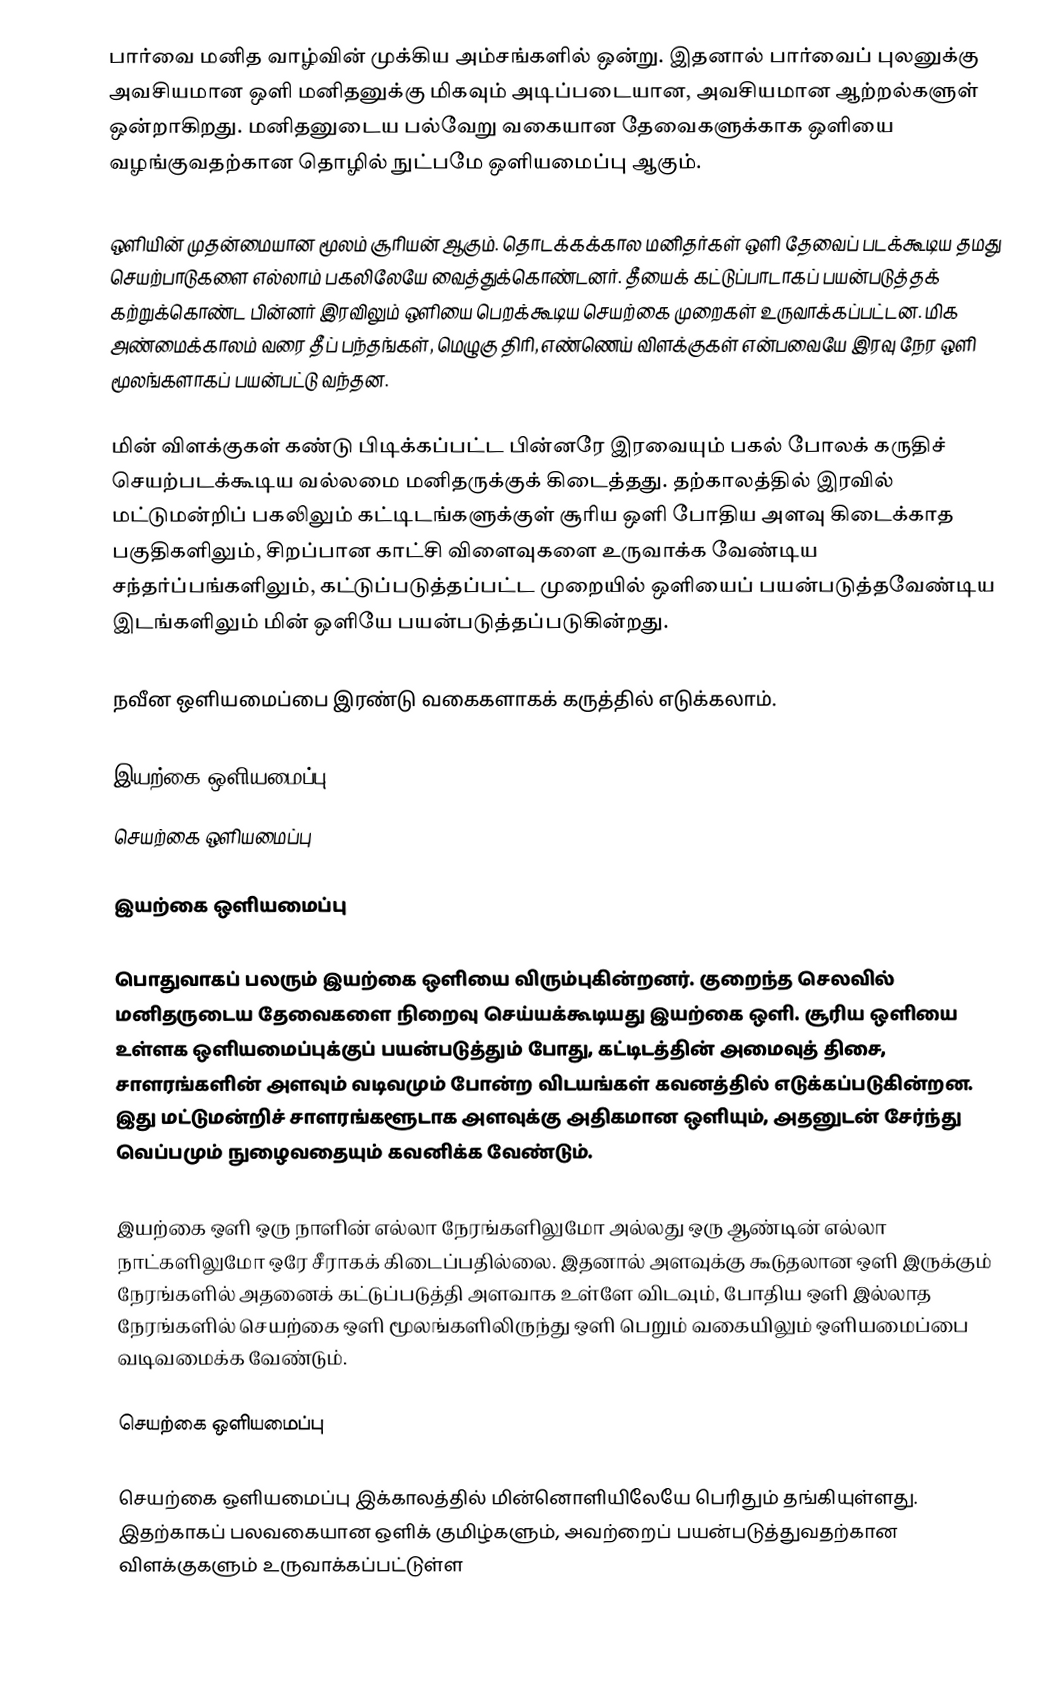
பார்வை மனித வாழ்வின் முக்கிய அம்சங்களில் ஒன்று. இதனால் பார்வைப் புலனுக்கு அவசியமான ஒளி மனிதனுக்கு மிகவும் அடிப்படையான, அவசியமான ஆற்றல்களுள் ஒன்றாகிறது. மனிதனுடைய பல்வேறு வகையான தேவைகளுக்காக ஒளியை வழங்குவதற்கான தொழில் நுட்பமே ஒளியமைப்பு ஆகும்.

ஒளியின் முதன்மையான மூலம் சூரியன் ஆகும். தொடக்கக்கால மனிதர்கள் ஒளி தேவைப் படக்கூடிய தமது செயற்பாடுகளை எல்லாம் பகலிலேயே வைத்துக்கொண்டனர். தீயைக் கட்டுப்பாடாகப் பயன்படுத்தக் கற்றுக்கொண்ட பின்னர் இரவிலும் ஒளியை பெறக்கூடிய செயற்கை முறைகள் உருவாக்கப்பட்டன. மிக அண்மைக்காலம் வரை தீப் பந்தங்கள், மெழுகு திரி, எண்ணெய் விளக்குகள் என்பவையே இரவு நேர ஒளி மூலங்களாகப் பயன்பட்டு வந்தன.

மின் விளக்குகள் கண்டு பிடிக்கப்பட்ட பின்னரே இரவையும் பகல் போலக் கருதிச் செயற்படக்கூடிய வல்லமை மனிதருக்குக் கிடைத்தது. தற்காலத்தில் இரவில் மட்டுமன்றிப் பகலிலும் கட்டிடங்களுக்குள் சூரிய ஒளி போதிய அளவு கிடைக்காத பகுதிகளிலும், சிறப்பான காட்சி விளைவுகளை உருவாக்க வேண்டிய சந்தர்ப்பங்களிலும், கட்டுப்படுத்தப்பட்ட முறையில் ஒளியைப் பயன்படுத்தவேண்டிய இடங்களிலும் மின் ஒளியே பயன்படுத்தப்படுகின்றது.

நவீன ஒளியமைப்பை இரண்டு வகைகளாகக் கருத்தில் எடுக்கலாம்.

 இயற்கை ஒளியமைப்பு
 செயற்கை ஒளியமைப்பு

இயற்கை ஒளியமைப்பு

பொதுவாகப் பலரும் இயற்கை ஒளியை விரும்புகின்றனர். குறைந்த செலவில் மனிதருடைய தேவைகளை நிறைவு செய்யக்கூடியது இயற்கை ஒளி. சூரிய ஒளியை உள்ளக ஒளியமைப்புக்குப் பயன்படுத்தும் போது, கட்டிடத்தின் அமைவுத் திசை, சாளரங்களின் அளவும் வடிவமும் போன்ற விடயங்கள் கவனத்தில் எடுக்கப்படுகின்றன. இது மட்டுமன்றிச் சாளரங்களூடாக அளவுக்கு அதிகமான ஒளியும், அதனுடன் சேர்ந்து வெப்பமும் நுழைவதையும் கவனிக்க வேண்டும்.

இயற்கை ஒளி ஒரு நாளின் எல்லா நேரங்களிலுமோ அல்லது ஒரு ஆண்டின் எல்லா நாட்களிலுமோ ஒரே சீராகக் கிடைப்பதில்லை. இதனால் அளவுக்கு கூடுதலான ஒளி இருக்கும் நேரங்களில் அதனைக் கட்டுப்படுத்தி அளவாக உள்ளே விடவும், போதிய ஒளி இல்லாத நேரங்களில் செயற்கை ஒளி மூலங்களிலிருந்து ஒளி பெறும் வகையிலும் ஒளியமைப்பை வடிவமைக்க வேண்டும்.

செயற்கை ஒளியமைப்பு

செயற்கை ஒளியமைப்பு இக்காலத்தில் மின்னொளியிலேயே பெரிதும் தங்கியுள்ளது. இதற்காகப் பலவகையான ஒளிக் குமிழ்களும், அவற்றைப் பயன்படுத்துவதற்கான விளக்குகளும் உருவாக்கப்பட்டுள்ள